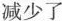
减少了